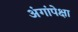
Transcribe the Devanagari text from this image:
अंगांपेक्षा